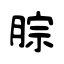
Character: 腙